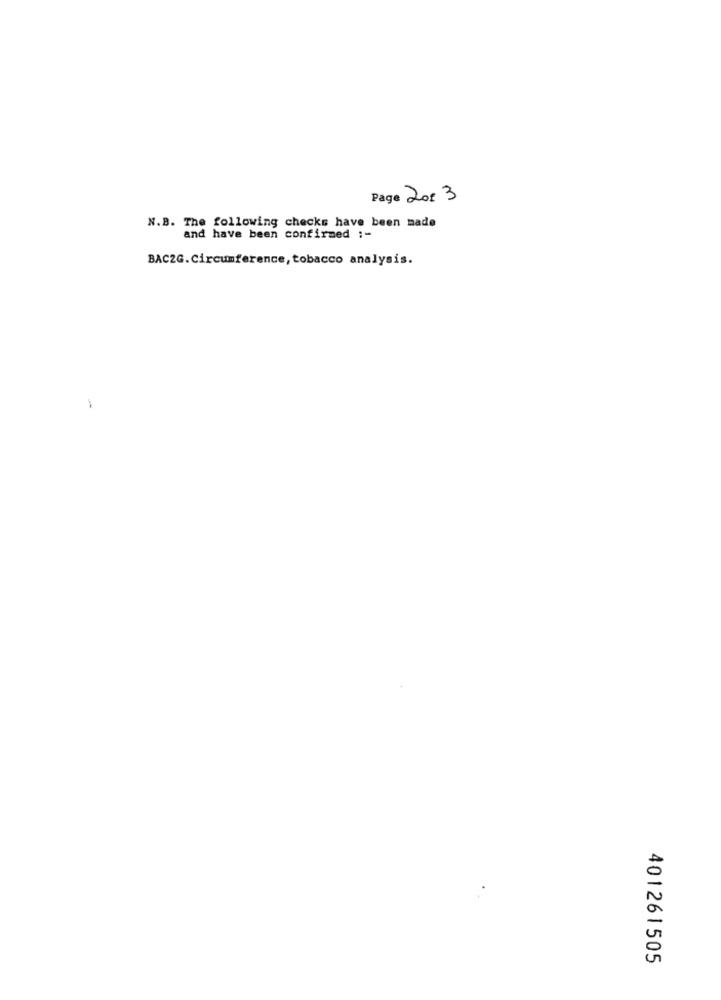
Page 201 3
N.B. The following checks have been made
and have been confirmed :-
BAC2G. Circumference, tobacco analysis.
-
401261505